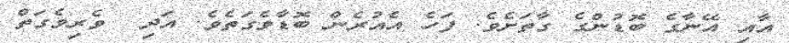
އާއި އޭނާގެ ބޮޑުންގެ ގާތަށެވެ. ފަހެ އެއުރެން ބޮޑާވެގަތެވެ. އަދި  ވެރިވެގަތް